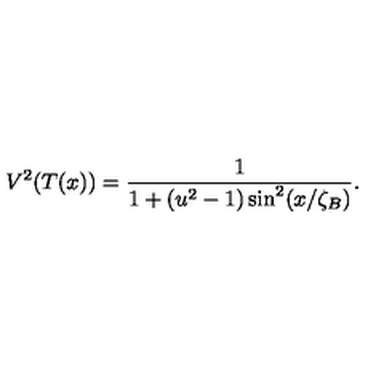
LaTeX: V ^ { 2 } ( T ( x ) ) = \frac { 1 } { 1 + ( u ^ { 2 } - 1 ) \sin ^ { 2 } ( x / \zeta _ { B } ) } .